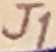
Text: J1